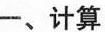
一、计算